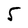
Character: 5